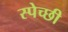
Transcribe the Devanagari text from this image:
स्पेच्छी